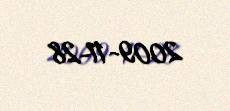
2009-11-28